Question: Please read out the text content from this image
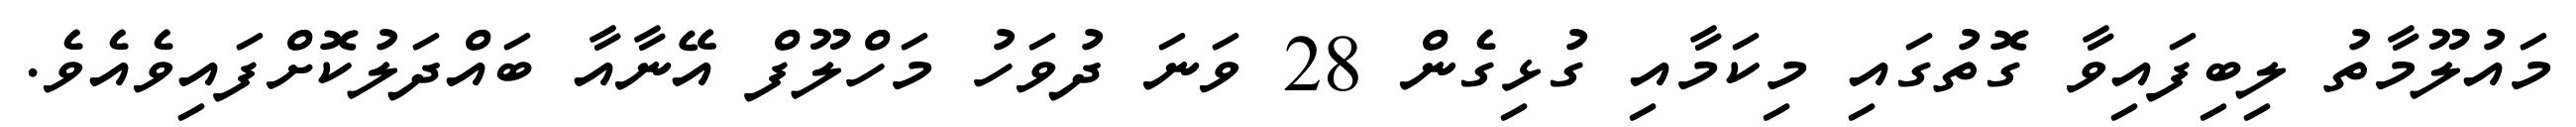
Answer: މައުލޫމާތު ލިބިފައިވާ ގޮތުގައި މިކަމާއި ގުޅިގެން 28 ވަނަ ދުވަހު މަހްލޫފް އޭނާއާ ބައްދަލުކޮށްފައިވެއެވެ.